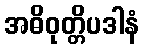
အဓိဝုတ္တိပဒါနံ